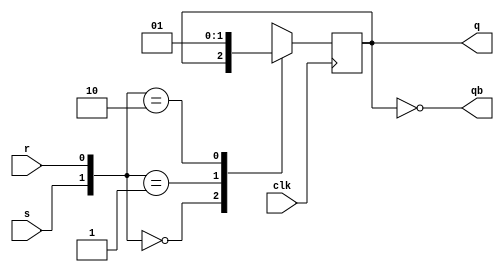
//code:
module ffs(s,r,clk,q,qb);  
  input s,r,clk;  
  output q,qb;  
  wire s,r,clk,qb;  
  reg q; 
  always @ (posedge clk)  
    begin
      
      q<=1'b0;
      case({s,r})
      2'b00: q<=q;   
      2'b01: q<=1'b0;
      2'b10: q<=1'b1;
      2'b11: q<= 1'bx;
      endcase
      
    end   
  assign qb=~q; 
endmodule  

//testbench

module ffs_tb;  
  reg s,r,clk;  
  wire q,qb;  
  ffs srflipflop(.s(s),.r(r),.clk(clk),.q(q),.qb(qb));
  initial  
    begin   
      clk=0;
      #5 s=0;r=0;
      #5 s=0;r=0;
      #5 s=0;r=0;
      
      #5 s=0;r=1;
      #5 s=0;r=1;
      #5 s=0;r=1;
      
      #5 s=1;r=0;
      #5 s=1;r=0;
      #5 s=1;r=0;
      
      #5 s=1;r=1;
      #5 s=1;r=1;
      #5 s=1;r=1;
      
      $finish; 
    end
  always@(s,r)
    $monitor("time=%0t,clk=%b, s=%b,r=%b,q=%b, qb=%b",$time,clk,s,r,q,qb);  
      
     
  always #5  clk = ~clk;   
   
endmodule